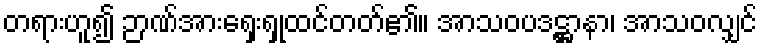
တရားဟူ၍ ဉာဏ်အားရှေးရှုထင်တတ်၏။ အာသဝပဒဋ္ဌာနာ၊ အာသဝလျှင်